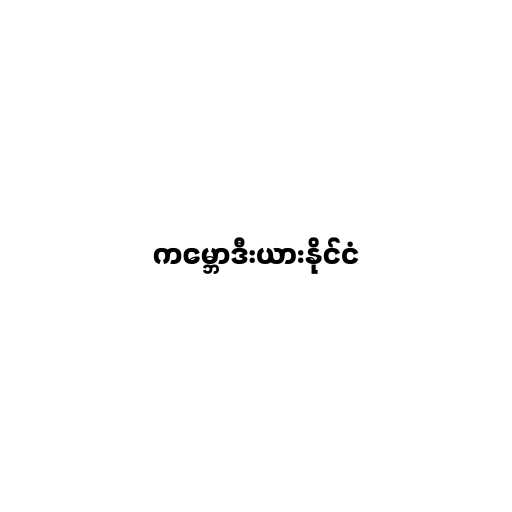
ကမ္ဘောဒီးယားနိုင်ငံ